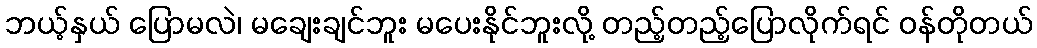
ဘယ့်နှယ် ပြောမလဲ၊ မချေးချင်ဘူး မပေးနိုင်ဘူးလို့ တည့်တည့်ပြောလိုက်ရင် ဝန်တိုတယ်